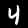
Digit: 4